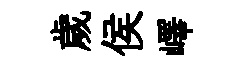
歲侯嶧